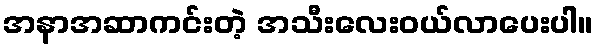
အနာအဆာကင်းတဲ့ အသီးလေးဝယ်လာပေးပါ။